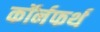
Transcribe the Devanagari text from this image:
कॉर्नफर्थ